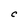
Character: C